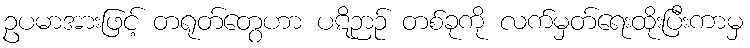
ဥပမာအားဖြင့် တရုတ်တွေဟာ ပဋိဉာဉ် တစ်ခုကို လက်မှတ်ရေးထိုးပြီးကာမှ